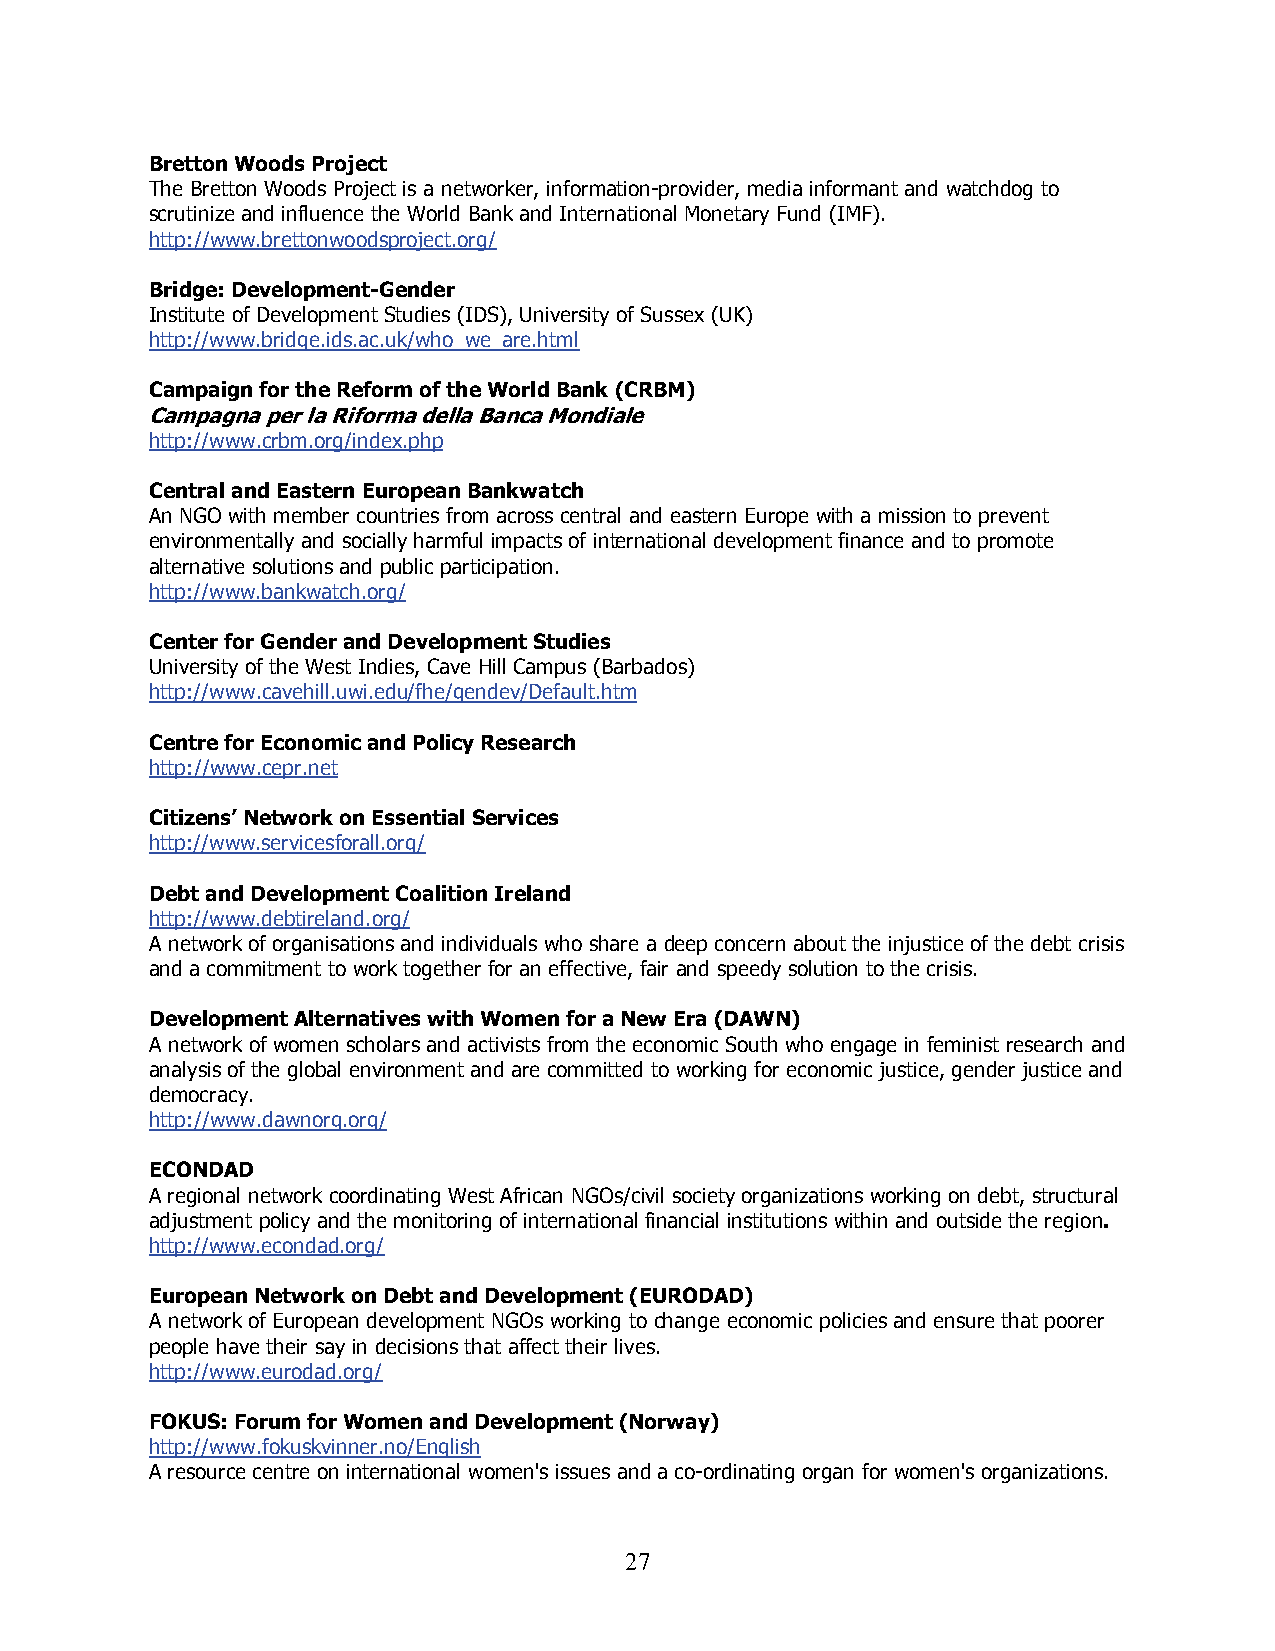
Bretton Woods Project
 The Bretton Woods Project is a networker, information-provider, media informant and watchdog to
 scrutinize and influence the World Bank and International Monetary Fund (IMF).
 http://www.brettonwoodsproject.org/
 Bridge: Development-Gender
 Institute of Development Studies (IDS), University of Sussex (UK)
 http://www.bridge.ids.ac.uk/who_we_are.html
 Campaign for the Reform of the World Bank (CRBM)
 Campagna per la Riforma della Banca Mondiale
 http://www.crbm.org/index.php
 Central and Eastern European Bankwatch
 An NGO with member countries from across central and eastern Europe with a mission to prevent
 environmentally and socially harmful impacts of international development finance and to promote
 alternative solutions and public participation.
 http://www.bankwatch.org/
 Center for Gender and Development Studies
 University of the West Indies, Cave Hill Campus (Barbados)
 http://www.cavehill.uwi.edu/fhe/gendev/Default.htm
 Centre for Economic and Policy Research
 http://www.cepr.net
 Citizens’ Network on Essential Services
 http://www.servicesforall.org/
 Debt and Development Coalition Ireland
 http://www.debtireland.org/
 A network of organisations and individuals who share a deep concern about the injustice of the debt crisis
 and a commitment to work together for an effective, fair and speedy solution to the crisis.
 Development Alternatives with Women for a New Era (DAWN)
 A network of women scholars and activists from the economic South who engage in feminist research and
 analysis of the global environment and are committed to working for economic justice, gender justice and
 democracy.
 http://www.dawnorg.org/
 ECONDAD
 A regional network coordinating West African NGOs/civil society organizations working on debt, structural
 adjustment policy and the monitoring of international financial institutions within and outside the region.
 http://www.econdad.org/
 European Network on Debt and Development (EURODAD)
 A network of European development NGOs working to change economic policies and ensure that poorer
 people have their say in decisions that affect their lives.
 http://www.eurodad.org/
 FOKUS: Forum for Women and Development (Norway)
 http://www.fokuskvinner.no/English
 A resource centre on international women's issues and a co-ordinating organ for women's organizations.
 2 7